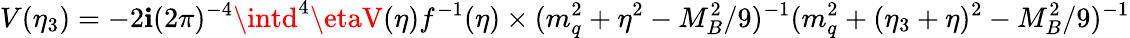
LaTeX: V(\eta_{3})=-2\mathbf{i}(2\pi)^{-4}\intd^{4}\etaV(\eta)f^{-1}(\eta)\times(m_{q}^{2}+\eta^{2}-M_{B}^{2}/9)^{-1}(m_{q}^{2}+(\eta_{3}+\eta)^{2}-M_{B}^{2}/9)^{-1}